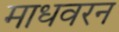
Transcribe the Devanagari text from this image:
माधवरन